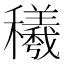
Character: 𰩁